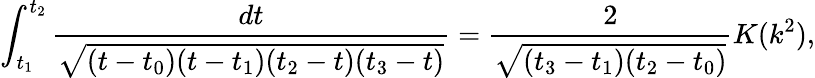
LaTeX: \int_{t_{1}}^{t_{2}}\frac{dt}{\sqrt{(t-t_{0})(t-t_{1})(t_{2}-t)(t_{3}-t)}}=\frac 2{\sqrt{(t_{3}-t_{1})(t_{2}-t_{0})}}K(k^{2}),